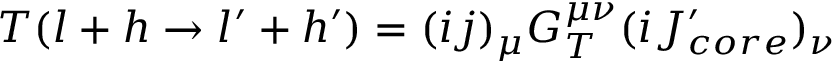
T ( l + h \to l ^ { \prime } + h ^ { \prime } ) = ( i j ) _ { \mu } G _ { T } ^ { \mu \nu } ( i J _ { c o r e } ^ { \prime } ) _ { \nu }